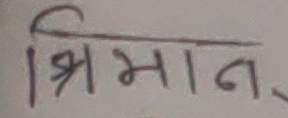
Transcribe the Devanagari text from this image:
श्रीमान्